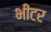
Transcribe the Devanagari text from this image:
भीटर